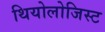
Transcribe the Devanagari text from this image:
थियोलोजिस्ट